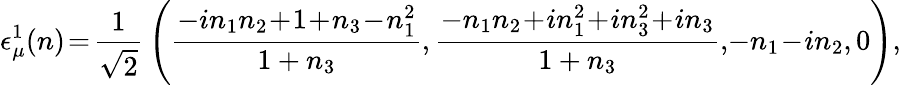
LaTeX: \epsilon_{\mu}^{1}(n)\! =\! {\frac{1}{\sqrt{2}}}\left({\frac{-in_{1}n_{2}\! +\! 1\! +\! n_{3}\! -\! n_{1}^{2}}{1+n_{3}}},{\frac{-n_{1}n_{2}\! +\! in_{1}^{2}\! +\! in_{3}^{2}\! +\! in_{3}}{1+n_{3}}},\! -n_{1}\! -\! in_{2},0\right),